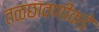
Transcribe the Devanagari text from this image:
तळछावणीकडे